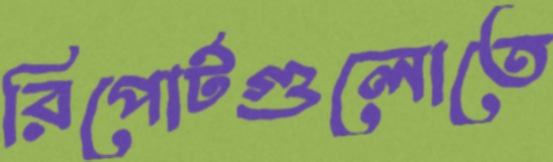
রিপোর্টগুলোতে